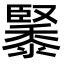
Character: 䵖